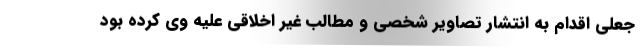
جعلی اقدام به انتشار تصاویر شخصی و مطالب غیر اخلاقی علیه وی کرده بود